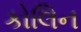
કોલિન